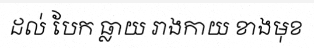
ដល់ បែក ធ្លាយ រាងកាយ ខាងមុខ